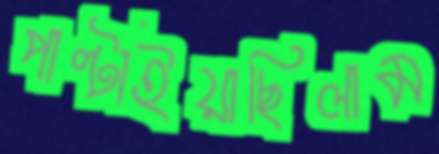
পাল্‌টাইয়াছিলাম